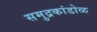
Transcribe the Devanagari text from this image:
समुद्रकांडोळ